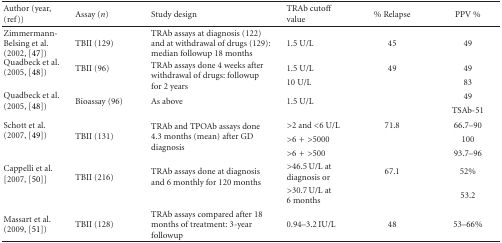
<table><thead><tr><td><b>Author (year, (ref))</b></td><td><b>Assay (<i>n</i>)</b></td><td><b>Study design</b></td><td><b>TRAb cutoff value</b></td><td><b>% relapse</b></td><td><b>PPV %</b></td></tr></thead><tbody><tr><td>Zimmermann- Belsing et al. (2002, [47])</td><td>TBII (129)</td><td>TRAb assays at diagnosis (122) and at withdrawal of drugs (129): median followup 18 months</td><td>1.5 U/L</td><td>45</td><td>49</td></tr><tr><td rowspan="2">Quadbeck et al. (2005, [48])</td><td>TBII (96)</td><td rowspan="2">TRAb assays done 4 weeks after withdrawal of drugs: followup for 2 years</td><td>1.5 U/L</td><td>49</td><td>49</td></tr><tr><td></td><td>10 U/L</td><td></td><td>83</td></tr><tr><td rowspan="2">Quadbeck et al. (2005, [48]) </td><td rowspan="2">Bioassay (96)</td><td rowspan="2">As above</td><td rowspan="2">1.5 U/L</td><td rowspan="2"></td><td>49</td></tr><tr><td>TSAb-51</td></tr><tr><td rowspan="3">Schott et al. (2007, [49]) </td><td rowspan="3">TBII (131)</td><td rowspan="3">TRAb and TPOAb assays done 4.3 months (mean) after GD diagnosis</td><td>&gt;2 and &lt;6 U/L</td><td>71.8</td><td>66.7–90</td></tr><tr><td>&gt;6+&gt;5000</td><td></td><td>100</td></tr><tr><td>&gt;6+&gt;500</td><td></td><td>93.7–96</td></tr><tr><td rowspan="2">Cappelli et al. [2007, [50]] </td><td rowspan="2">TBII (216)</td><td rowspan="2">TRAb assays done at diagnosis and 6 monthly for 120 months</td><td>&gt;46.5 U/L at diagnosis or</td><td>67.1</td><td>52%</td></tr><tr><td>&gt;30.7 U/L at 6 months</td><td></td><td>53.2</td></tr><tr><td>Massart et al. (2009, [51])</td><td>TBII (128)</td><td>TRAb assays compared after 18 months of treatment: 3-year followup</td><td>0.94–3.2 IU/L</td><td>48</td><td>53–66%</td></tr></tbody></table>